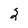
Character: 2